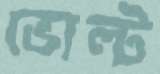
ভোল্ট